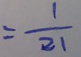
= \frac { 1 } { 2 1 }